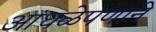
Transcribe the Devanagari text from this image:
आंधळेपणाने